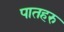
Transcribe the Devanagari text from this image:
पातहरु